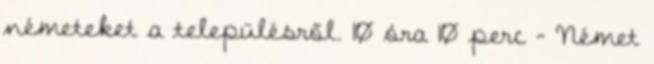
németeket a településről. 10 óra 10 perc – Német